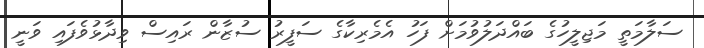
ސަލާމަތީ މަޖިލީހުގެ ބައްދަލުވުމަށް ފަހު އެމެރިކާގެ ސަފީރު ސުޒާން ރައިސް ވިދާޅުވެފައި ވަނީ